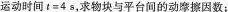
运动时间$$t = 4 s$$，求物块与平台间的动摩擦因数；